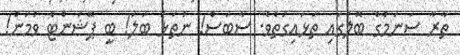
ތާރާ ސަނަމްގެ ބޮލުގައި ތަޅައިގަތެވެ. ސާބަސް! ނުތަޅަ ބަލަ! ބީ ޕޭޝަންޓް ވުމަން!